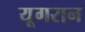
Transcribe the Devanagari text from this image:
यूगरान